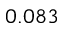
0 . 0 8 3